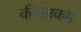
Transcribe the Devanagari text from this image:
कीमतकम